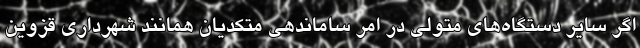
اگر سایر دستگاه‌های متولی در امر ساماندهی متکدیان همانند شهرداری قزوین